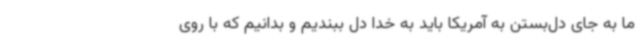
ما به جای دل‌بستن به آمریکا باید به خدا دل ببندیم و بدانیم که با روی